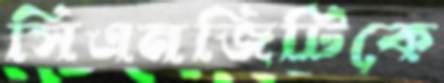
সিএনজিটিকে